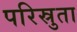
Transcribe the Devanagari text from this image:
परिस्रुता